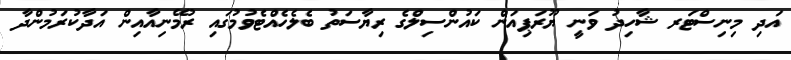
އަދި މިނިސްޓަރ ޝާހިދު ވަނީ ޔޫރަޕިއަން ކައުންސިލްގެ ރިޔާސަތު ބެލެހެއްޓެވުމުގައި ރުމޭނިއާއިން އަދާކުރަމުންދާ